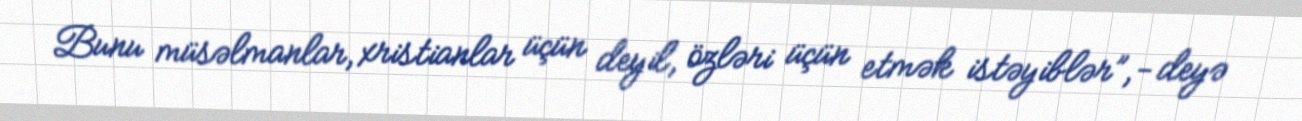
Bunu müsəlmanlar, xristianlar üçün deyil, özləri üçün etmək istəyiblər”,- deyə